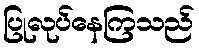
ပြုလုပ်နေကြသည်